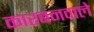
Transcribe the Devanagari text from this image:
कारबनवाले